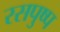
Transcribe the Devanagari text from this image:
रसपुष्प